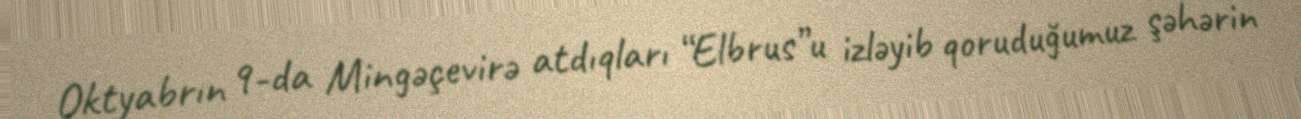
Oktyabrın 9-da Mingəçevirə atdıqları “Elbrus”u izləyib qoruduğumuz şəhərin